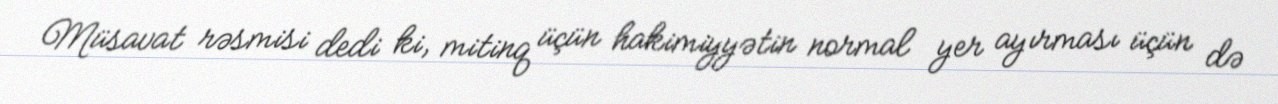
Müsavat rəsmisi dedi ki, mitinq üçün hakimiyyətin normal yer ayırması üçün də